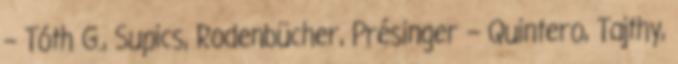
– Tóth G., Supics, Rodenbücher, Présinger – Quintero, Tajthy,